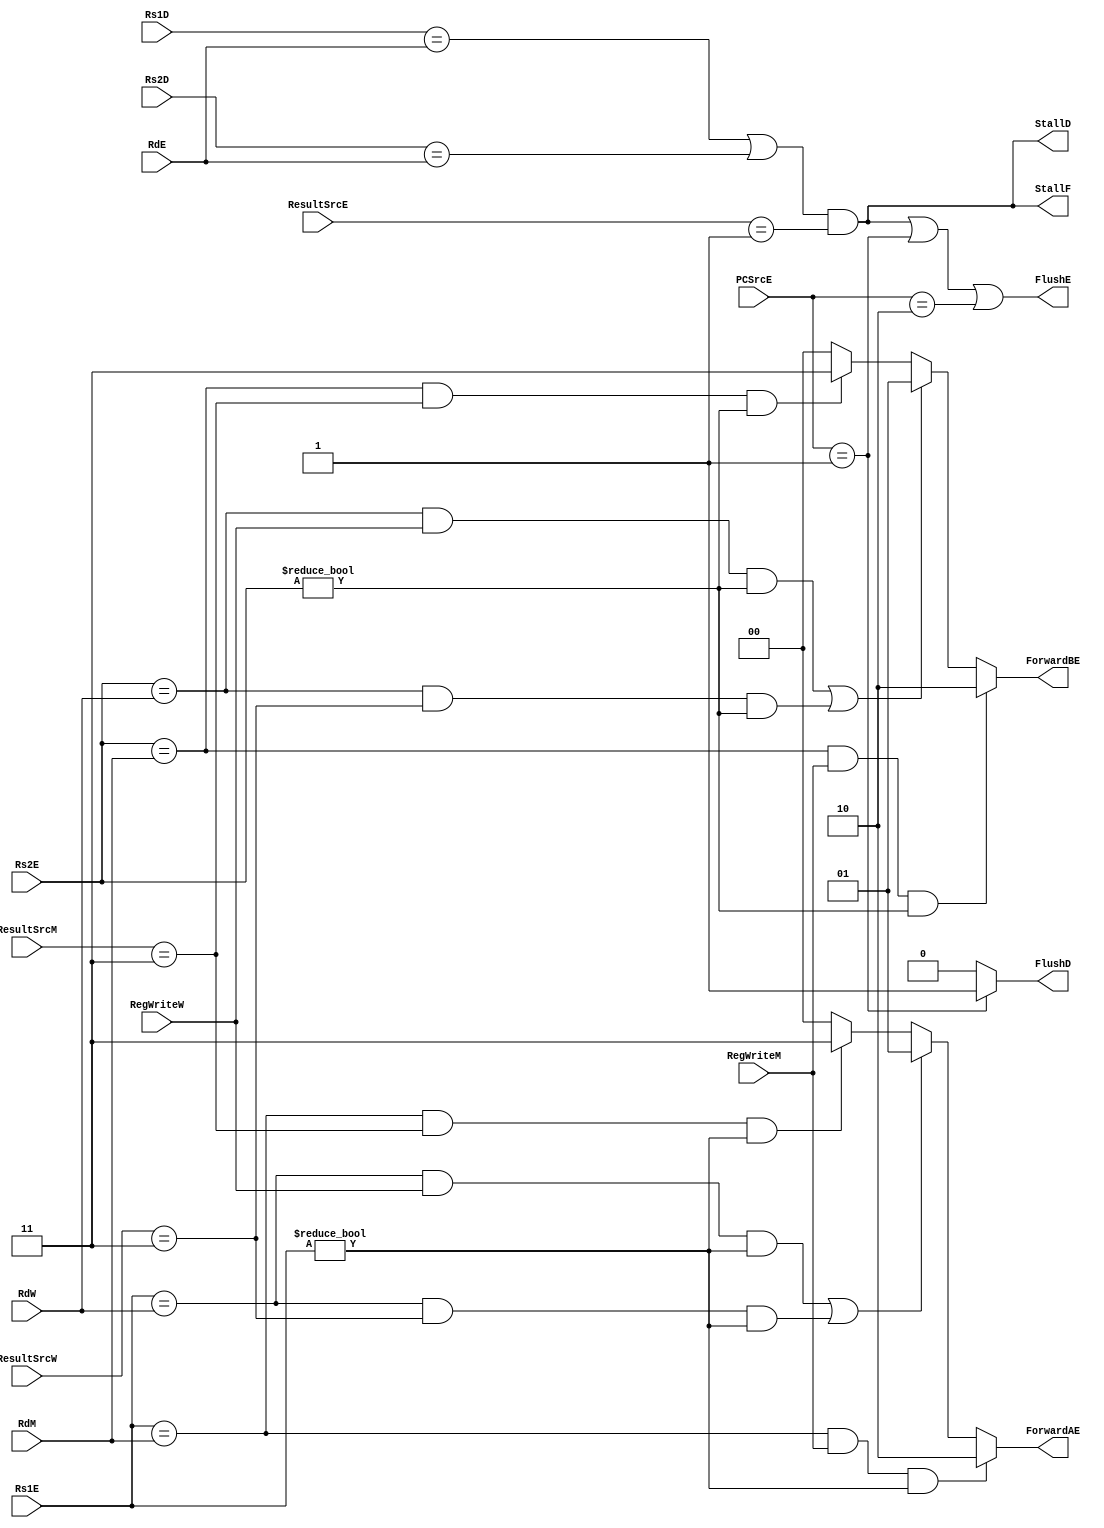
module HazardUnit(input RegWriteM,RegWriteW,input[1:0] ResultSrcE,PCSrcE,ResultSrcM,ResultSrcW,input[4:0] Rs1D,Rs2D,Rs1E,Rs2E,RdE,RdM,RdW,
	output StallF,StallD,FlushD,FlushE,output[1:0] ForwardAE,ForwardBE);
	wire lwStall;
	assign ForwardAE=((Rs1E==RdM && RegWriteM)&&Rs1E!=0)?2'b10:
			 ((Rs1E==RdW && RegWriteW &&Rs1E!=0)||(Rs1E==RdW && ResultSrcW==2'b11 && Rs1E!=0))?2'b01:
			 (Rs1E==RdM && ResultSrcM==2'b11 && Rs1E!=0)?2'b11:
			 2'b00;
	assign ForwardBE=((Rs2E==RdM && RegWriteM)&&Rs2E!=0)?2'b10:
			 ((Rs2E==RdW && RegWriteW &&Rs2E!=0)||(Rs2E==RdW && ResultSrcW==2'b11 && Rs2E!=0)) ?2'b01:
			 (Rs2E==RdM && ResultSrcM==2'b11 && Rs2E!=0)?2'b11:
			 2'b00;
	assign lwStall=((Rs1D==RdE)||(Rs2D==RdE))&&ResultSrcE==2'b01;
	assign StallF=lwStall;
	assign StallD=lwStall;
	assign FlushE=lwStall || (PCSrcE==2'b01) || (PCSrcE==2'b10);
	assign FlushD=(PCSrcE==2'b01)?1:0;
endmodule